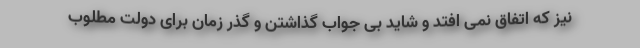
نیز که اتفاق نمی افتد و شاید بی جواب گذاشتن و گذر زمان برای دولت مطلوب